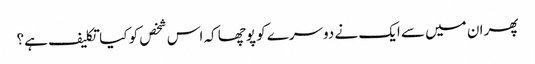
پھر ان میں سے ایک نے دوسرے کو پوچھا کہ اس شخص کو کیا تکلیف ہے؟